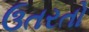
ઉતરતો